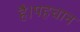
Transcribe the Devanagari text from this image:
है।पहचान